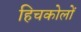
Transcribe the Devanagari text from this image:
हिचकोलों